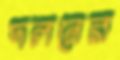
দলনের